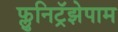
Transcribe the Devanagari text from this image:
फ्लुनिट्रॅझेपाम